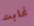
غابت